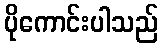
ပိုကောင်းပါသည်